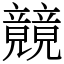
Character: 竸